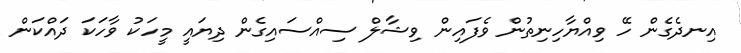
އިނދެގެން ހޭ ވިއްޔާހިނިތުން ވެފައިން ވިޝާލް ސިއްސައިގެން ދިޔައީ މީހަކު ވާހަކަ ދައްކަން